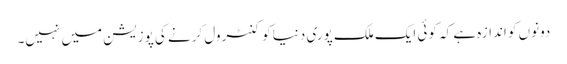
دونوں کو اندازہ ہے کہ کوئی ایک ملک پوری دنیا کو کنٹرول کرنے کی پوزیشن میں نہیں۔